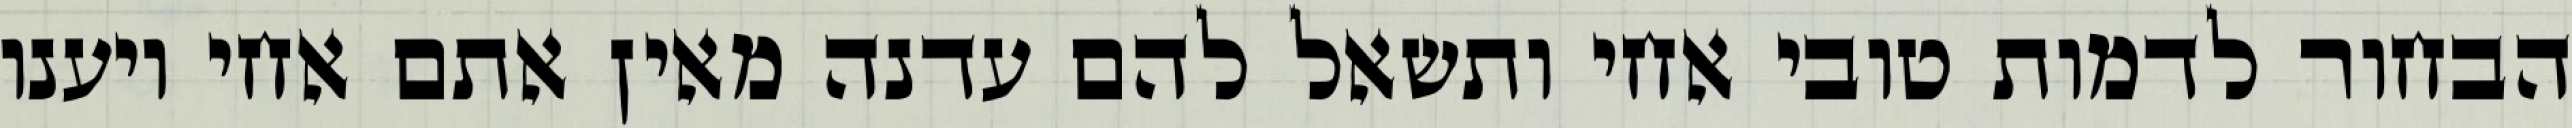
הבחור לדמות טובי אחי ותשאל להם עדנה מאין אתם אחי ויענו